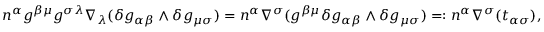
\begin{array} { r } { n ^ { \alpha } g ^ { \beta \mu } g ^ { \sigma \lambda } \nabla _ { \lambda } ( \delta g _ { \alpha \beta } \wedge \delta g _ { \mu \sigma } ) = n ^ { \alpha } \nabla ^ { \sigma } ( g ^ { \beta \mu } \delta g _ { \alpha \beta } \wedge \delta g _ { \mu \sigma } ) = : n ^ { \alpha } \nabla ^ { \sigma } ( t _ { \alpha \sigma } ) , } \end{array}